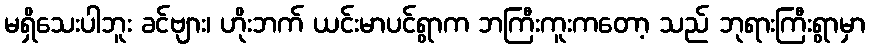
မရှိသေးပါဘူး ခင်ဗျား၊ ဟိုးဘက် ယင်းမာပင်ရွာက ဘကြီးကူးကတော့ သည် ဘုရားကြီးရွာမှာ